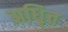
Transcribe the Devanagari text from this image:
अधिृत